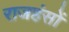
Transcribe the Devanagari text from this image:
राजहंसों